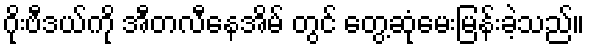
ဂိုးဗီဒယ်ကို အီတလီနေအိမ် တွင် တွေ့ဆုံမေးမြန်းခဲ့သည်။